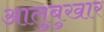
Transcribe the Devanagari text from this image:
आलुबुखार